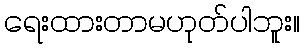
ရေးထားတာမဟုတ်ပါဘူး။